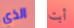
الذي أبت